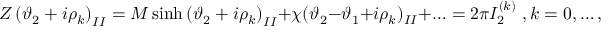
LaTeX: Z \left( \vartheta _ { 2 } + i \rho _ { k } \right) _ { I I } = M \sinh \left( \vartheta _ { 2 } + i \rho _ { k } \right) _ { I I } + \chi ( \vartheta _ { 2 } - \vartheta _ { 1 } + i \rho _ { k } ) _ { I I } + \ldots = 2 \pi I _ { 2 } ^ { ( k ) } \, \, , k = 0 , \ldots , s